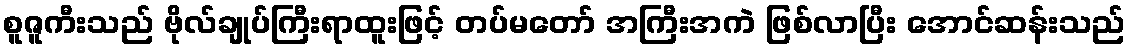
စူဇူကီးသည် ဗိုလ်ချုပ်ကြီးရာထူးဖြင့် တပ်မတော် အကြီးအကဲ ဖြစ်လာပြီး အောင်ဆန်းသည်